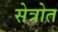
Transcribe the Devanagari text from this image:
सेत्रोत